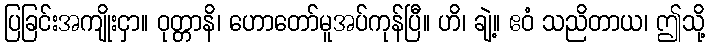
ပြခြင်းအကျိုးငှာ။ ဝုတ္တာနိ၊ ဟောတော်မူအပ်ကုန်ပြီ။ ဟိ၊ ချဲ့။ ဧဝံ သညိတာယ၊ ဤသို့